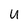
Character: u